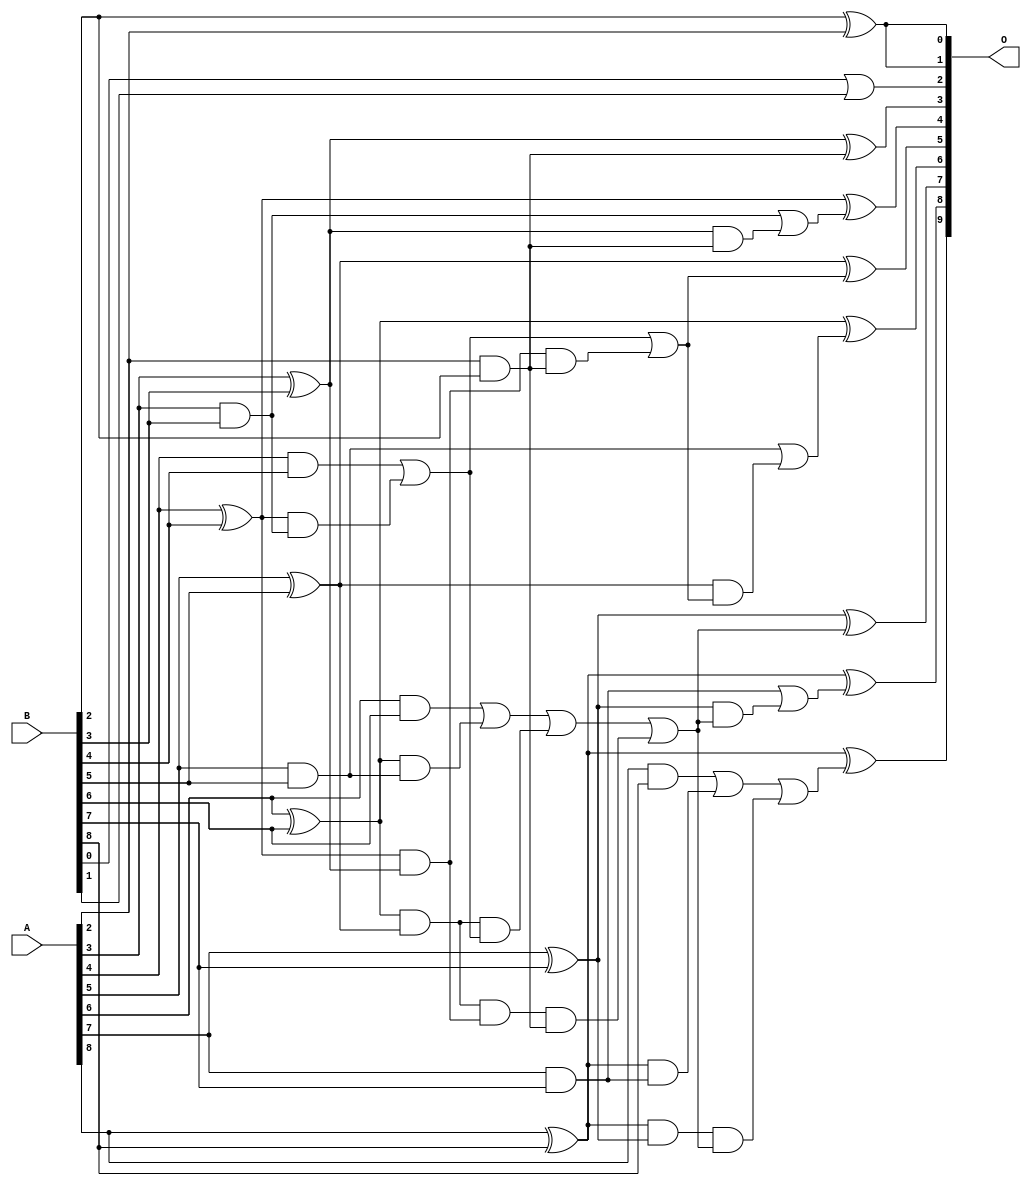
// This program was cloned from: https://github.com/ehw-fit/evoapproxlib
// License: MIT License

/***
* This code is a part of EvoApproxLib library (ehw.fit.vutbr.cz/approxlib) distributed under The MIT License.
* When used, please cite the following article(s): V. Mrazek, L. Sekanina, Z. Vasicek "Libraries of Approximate Circuits: Automated Design and Application in CNN Accelerators" IEEE Journal on Emerging and Selected Topics in Circuits and Systems, Vol 10, No 4, 2020 
* This file contains a circuit from a sub-set of pareto optimal circuits with respect to the pwr and mae parameters
***/
// MAE% = 0.27 %
// MAE = 1.4 
// WCE% = 0.78 %
// WCE = 4.0 
// WCRE% = 400.00 %
// EP% = 78.12 %
// MRE% = 3.25 %
// MSE = 3.0 
// PDK45_PWR = 0.031 mW
// PDK45_AREA = 68.0 um2
// PDK45_DELAY = 0.55 ns

module add9se_014 (
    A,
    B,
    O
);

input [8:0] A;
input [8:0] B;
output [9:0] O;

wire sig_22,sig_23,sig_24,sig_25,sig_26,sig_27,sig_28,sig_29,sig_30,sig_31,sig_32,sig_33,sig_34,sig_35,sig_40,sig_41,sig_42,sig_43,sig_44,sig_45;
wire sig_46,sig_47,sig_48,sig_51,sig_52,sig_53,sig_54,sig_55,sig_56,sig_57,sig_58,sig_59,sig_62,sig_63,sig_64,sig_65,sig_66,sig_67,sig_69,sig_70;
wire sig_71,sig_72,sig_73,sig_74,sig_75,sig_76;

assign sig_22 = A[2] & B[2];
assign sig_23 = B[2] ^ A[2];
assign sig_24 = A[3] & B[3];
assign sig_25 = A[3] ^ B[3];
assign sig_26 = A[4] & B[4];
assign sig_27 = A[4] ^ B[4];
assign sig_28 = A[5] & B[5];
assign sig_29 = A[5] ^ B[5];
assign sig_30 = A[6] & B[6];
assign sig_31 = A[6] ^ B[6];
assign sig_32 = A[7] & B[7];
assign sig_33 = A[7] ^ B[7];
assign sig_34 = A[8] & B[8];
assign sig_35 = A[8] ^ B[8];
assign sig_40 = sig_27 & sig_24;
assign sig_41 = sig_27 & sig_25;
assign sig_42 = sig_26 | sig_40;
assign sig_43 = sig_31 & sig_28;
assign sig_44 = sig_31 & sig_29;
assign sig_45 = sig_30 | sig_43;
assign sig_46 = sig_35 & sig_32;
assign sig_47 = sig_35 & sig_33;
assign sig_48 = sig_34 | sig_46;
assign sig_51 = sig_44 & sig_42;
assign sig_52 = sig_44 & sig_41;
assign sig_53 = sig_45 | sig_51;
assign sig_54 = sig_52 & sig_22;
assign sig_55 = sig_53 | sig_54;
assign sig_56 = sig_41 & sig_22;
assign sig_57 = sig_42 | sig_56;
assign sig_58 = sig_47 & sig_55;
assign sig_59 = sig_48 | sig_58;
assign sig_62 = sig_25 & sig_22;
assign sig_63 = sig_24 | sig_62;
assign sig_64 = sig_29 & sig_57;
assign sig_65 = sig_28 | sig_64;
assign sig_66 = sig_33 & sig_55;
assign sig_67 = sig_32 | sig_66;
assign sig_69 = B[0] | B[1];
assign sig_70 = sig_25 ^ sig_22;
assign sig_71 = sig_27 ^ sig_63;
assign sig_72 = sig_29 ^ sig_57;
assign sig_73 = sig_31 ^ sig_65;
assign sig_74 = sig_33 ^ sig_55;
assign sig_75 = sig_35 ^ sig_67;
assign sig_76 = sig_35 ^ sig_59;

assign O[9] = sig_76;
assign O[8] = sig_75;
assign O[7] = sig_74;
assign O[6] = sig_73;
assign O[5] = sig_72;
assign O[4] = sig_71;
assign O[3] = sig_70;
assign O[2] = sig_69;
assign O[1] = sig_23;
assign O[0] = sig_23;

endmodule